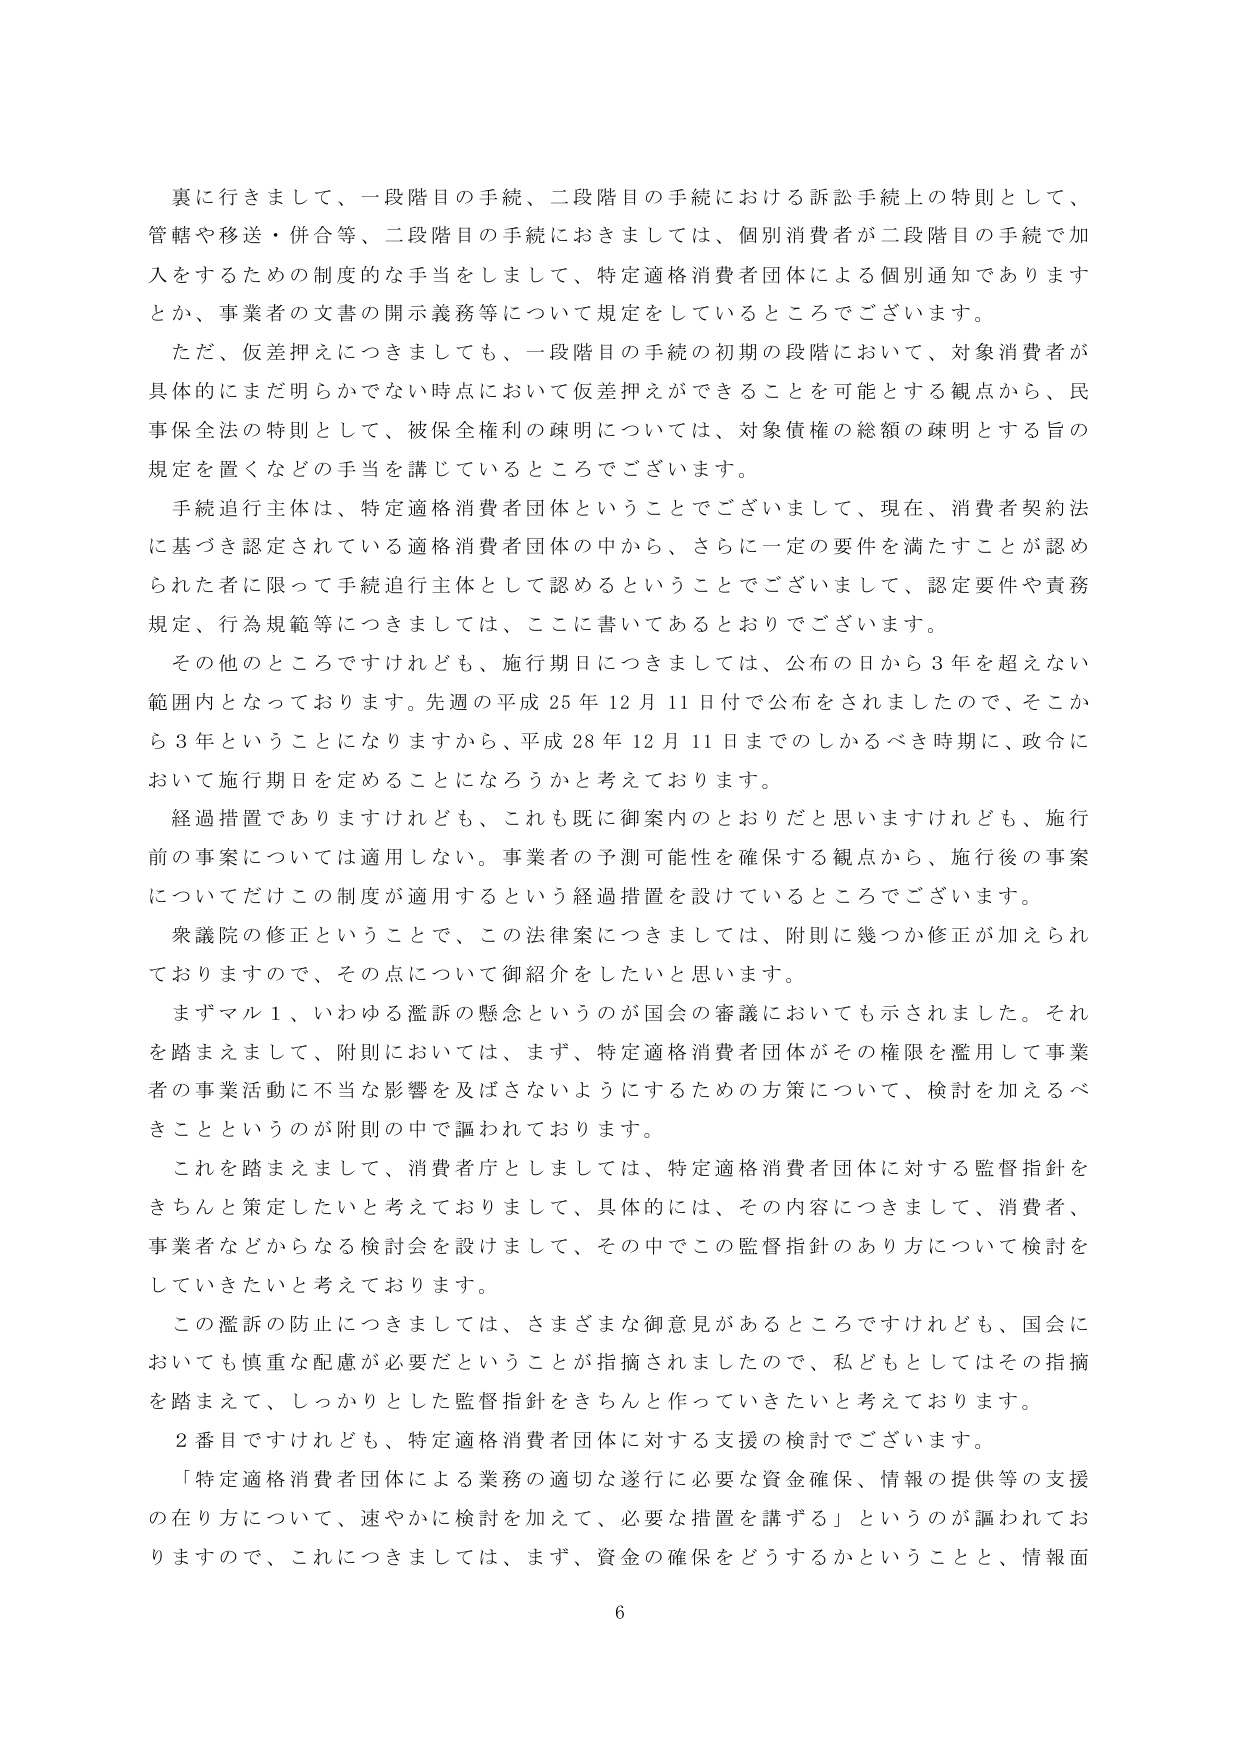
裏に行きまして、一段階目の手続、二段階目の手続における訴訟手続上の特則として、
管轄や移送・併合等、二段階目の手続におきましては、個別消費者が二段階目の手続に加
入をするための制度的な手当をしまして、特定適格消費者団体による個別通知あります
とか、事業者の文書の開示義務等について規定をしているところでございます。
ただ、仮差押えにつきましても、一段階目の手続の初期の段階において、対象消費者が
具体的にまだ明らかでない時点において仮差押えができることを可能とする観点から、民
事保全法の特則として、被保全権利の疎明については、対象債権の総額の疎明とする旨の
規定を置くなどの手当を講じているところでございます。
手続追行主体は、特定適格消費者団体ということでございまして、現在、消費者契約法
に基づき認定されている適格消費者団体の中から、さらに一定の要件を満たすことが認め
られた者に限って手続追行主体として認めるということでございまして、認定要件や責務
規定、行為規範等につきましては、ここに書いてあるとおりでございます。
その他のところですけれども、施行期日につきましては、公布の日から３年を超えない
範囲内となっております。先週の平成25年12月11日付で公布をされましたので、そこか
ら３年ということになりますから、平成28年12月11日までのしかるべき時期に、政令に
おいて施行期日を定めることになろうかと考えております。
経過措置でありますけれども、これも既に御案内のとおりだと思いますけれども、施行
前の事案については適用しない。事業者の予測可能性を確保する観点から、施行後の事案
についてだけこの制度が適用するという経過措置を設けているところでございます。
衆議院の修正ということで、この法律案につきましては、附則に幾つか修正が加えられ
ておりますので、その点について御紹介をしたいと思います。
まずマル１、いわゆる濫訴の懸念というのが国会の審議においても示されました。それ
を踏まえまして、附則においては、まず、特定適格消費者団体がその権限を濫用して事業
者の事業活動に不当な影響を及ぼさないようにするための方策について、検討を加えるべ
きことというのが附則の中で謳われております。
これを踏まえまして、消費者庁としましては、特定適格消費者団体に対する監督指針を
きちんと策定したいと考えておりまして、具体的には、その内容につきまして、消費者、
事業者などからなる検討会を設けまして、その中でこの監督指針のあり方について検討を
していきたいと考えております。
この濫訴の防止につきましては、さまざまな御意見があるところですけれども、国会に
おいても慎重な配慮が必要だということが指摘されましたので、私どもとしてはその指摘
を踏まえて、しっかりとした監督指針をきちんと作っていきたいと考えております。
２番目ですけれども、特定適格消費者団体に対する支援の検討でございます。
「特定適格消費者団体による業務の適切な遂行に必要な資金確保、情報の提供等の支援
の在り方について、速やかに検討を加えて、必要な措置を講ずる」というのが謳われてお
りますので、これにつきましては、まず、資金の確保をどうするかということと、情報面
6